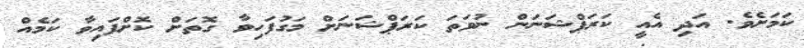
ކަމަށެވެ. އަދި އެއީ ކަރަޕްޝަނަން ނުވަތަ ކަރަޕްޝަނަށް މަގުފަހިވާ ގޮތަށް ކޮށްފައިވާ ކަމެއް